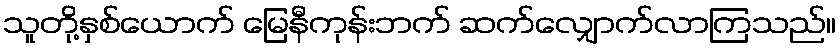
သူတို့နှစ်ယောက် မြေနီကုန်းဘက် ဆက်လျှောက်လာကြသည်။